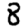
Digit: 8